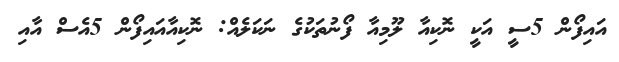
އައިފޯން 5ސީ އަކީ ނޮކިއާ ލޫމިއާ ފޯނުތަކުގެ ނަކަލެއް: ނޮކިއާއައިފޯން 5އެސް އާއި